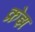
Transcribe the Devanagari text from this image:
क्रेझ